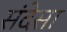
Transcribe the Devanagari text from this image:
संदेसा